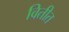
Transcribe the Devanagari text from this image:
वितीत